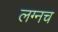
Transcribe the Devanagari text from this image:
लग्नच